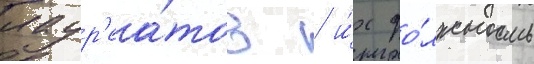
лаур'еа́тов / и́х до́лжность